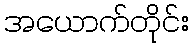
အယောက်တိုင်း